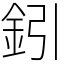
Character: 鈏